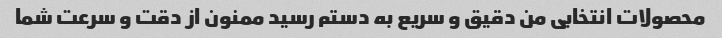
محصولات انتخابی من دقیق و سریع به دستم رسید ممنون از دقت و سرعت شما